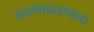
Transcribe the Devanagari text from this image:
वळणावळणाचा